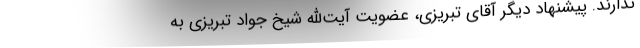
ندارند. پیشنهاد دیگر آقای تبریزی، عضویت آیت‌الله شیخ جواد تبریزی به